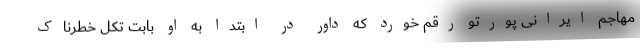
مهاجم ایرانی پورتو رقم خورد که داور در ابتدا به او بابت تکل خطرناک